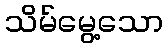
သိမ်မွေ့သော